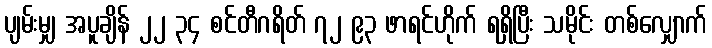
ပျမ်းမျှ အပူချိန် ၂၂ ၃၄ စင်တီဂရိတ် ၇၂ ၉၃ ဖာရင်ဟိုက် ရရှိပြီး သမိုင်း တစ်လျှောက်